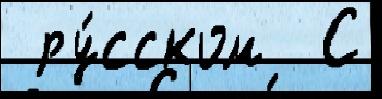
 ру́сском  С